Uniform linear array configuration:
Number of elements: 24
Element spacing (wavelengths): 0.25
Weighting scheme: blackman
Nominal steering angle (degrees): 15
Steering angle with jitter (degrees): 15.422
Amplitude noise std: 0.05
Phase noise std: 0.05

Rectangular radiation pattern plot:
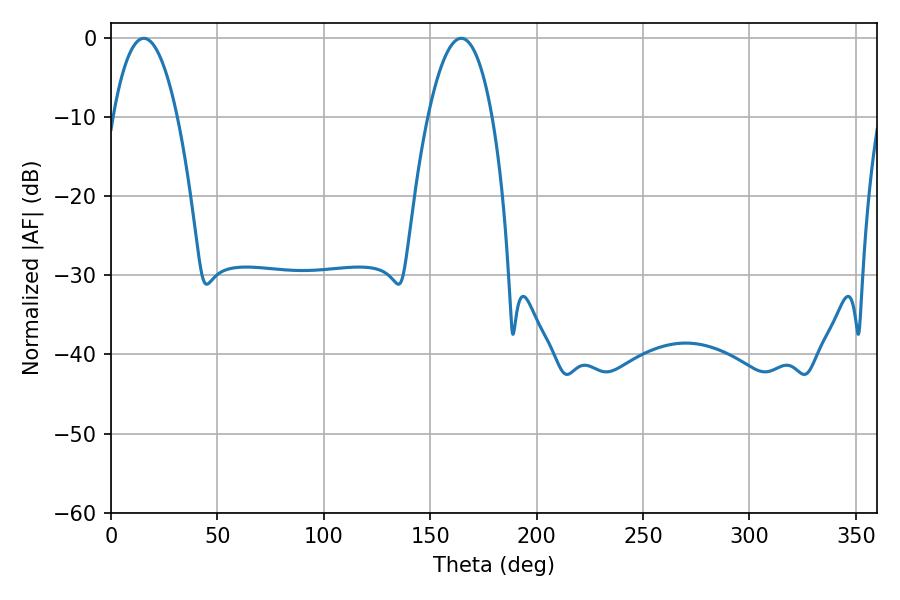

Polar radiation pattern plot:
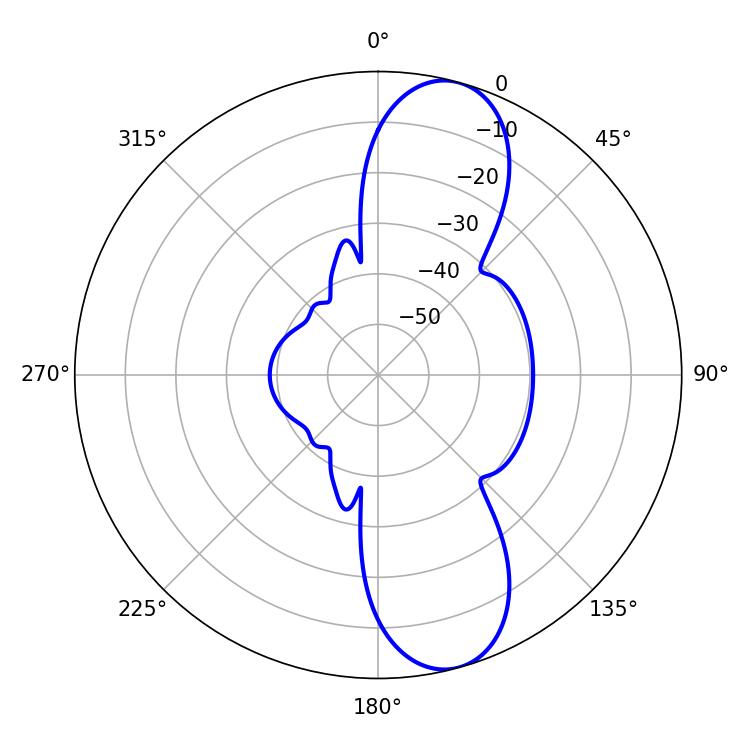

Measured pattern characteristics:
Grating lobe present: FALSE
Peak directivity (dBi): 10.705
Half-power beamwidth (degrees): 16.74
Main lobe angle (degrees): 15.48